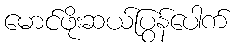
မောင်ဖိုးဆယ်ပြွန်ပေါက်